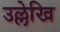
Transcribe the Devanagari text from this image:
उल्लेखि